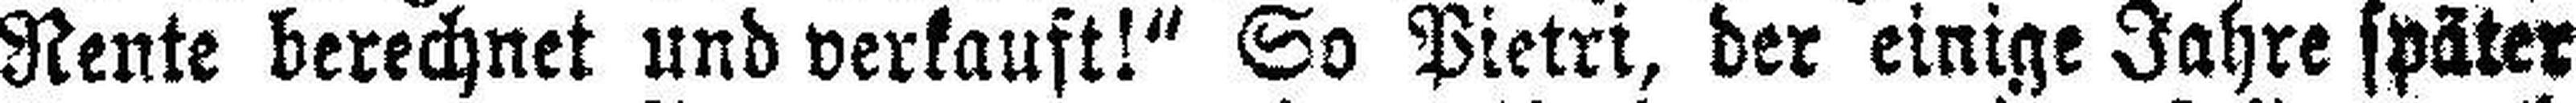
Rente berechnet und verkauft!“ So Pietri, der einige Jahre später